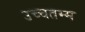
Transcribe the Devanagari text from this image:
उच्चतम्म